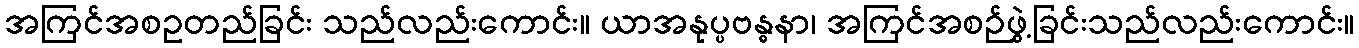
အကြင်အစဥတည်ခြင်း သည်လည်းကောင်း။ ယာအနုပ္ပဗန္ဓနာ၊ အကြင်အစဉ်ဖွဲ့ခြင်းသည်လည်းကောင်း။